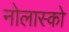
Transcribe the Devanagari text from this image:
नोलास्को